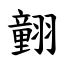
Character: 𦒍